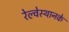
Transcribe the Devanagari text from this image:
रेल्वेस्थानके